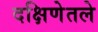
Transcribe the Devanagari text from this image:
दक्षिणेतले